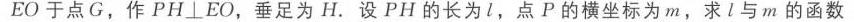
请你分享具体图片，没有图片没办法完成任务呢。